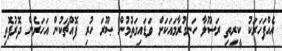
އެއްފަހަރަކު ކީރިތި ރަސޫލާ ހަނގުރާމައަކަށް ވަޑައިގަތުމުން ޞޫރަ ހުރި ފޮއްޗަކުން އަހަރެން ދޮރުފޮތި